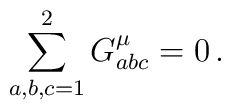
\sum_{a,b,c=1}^2 G^\mu_{abc}=0\, .